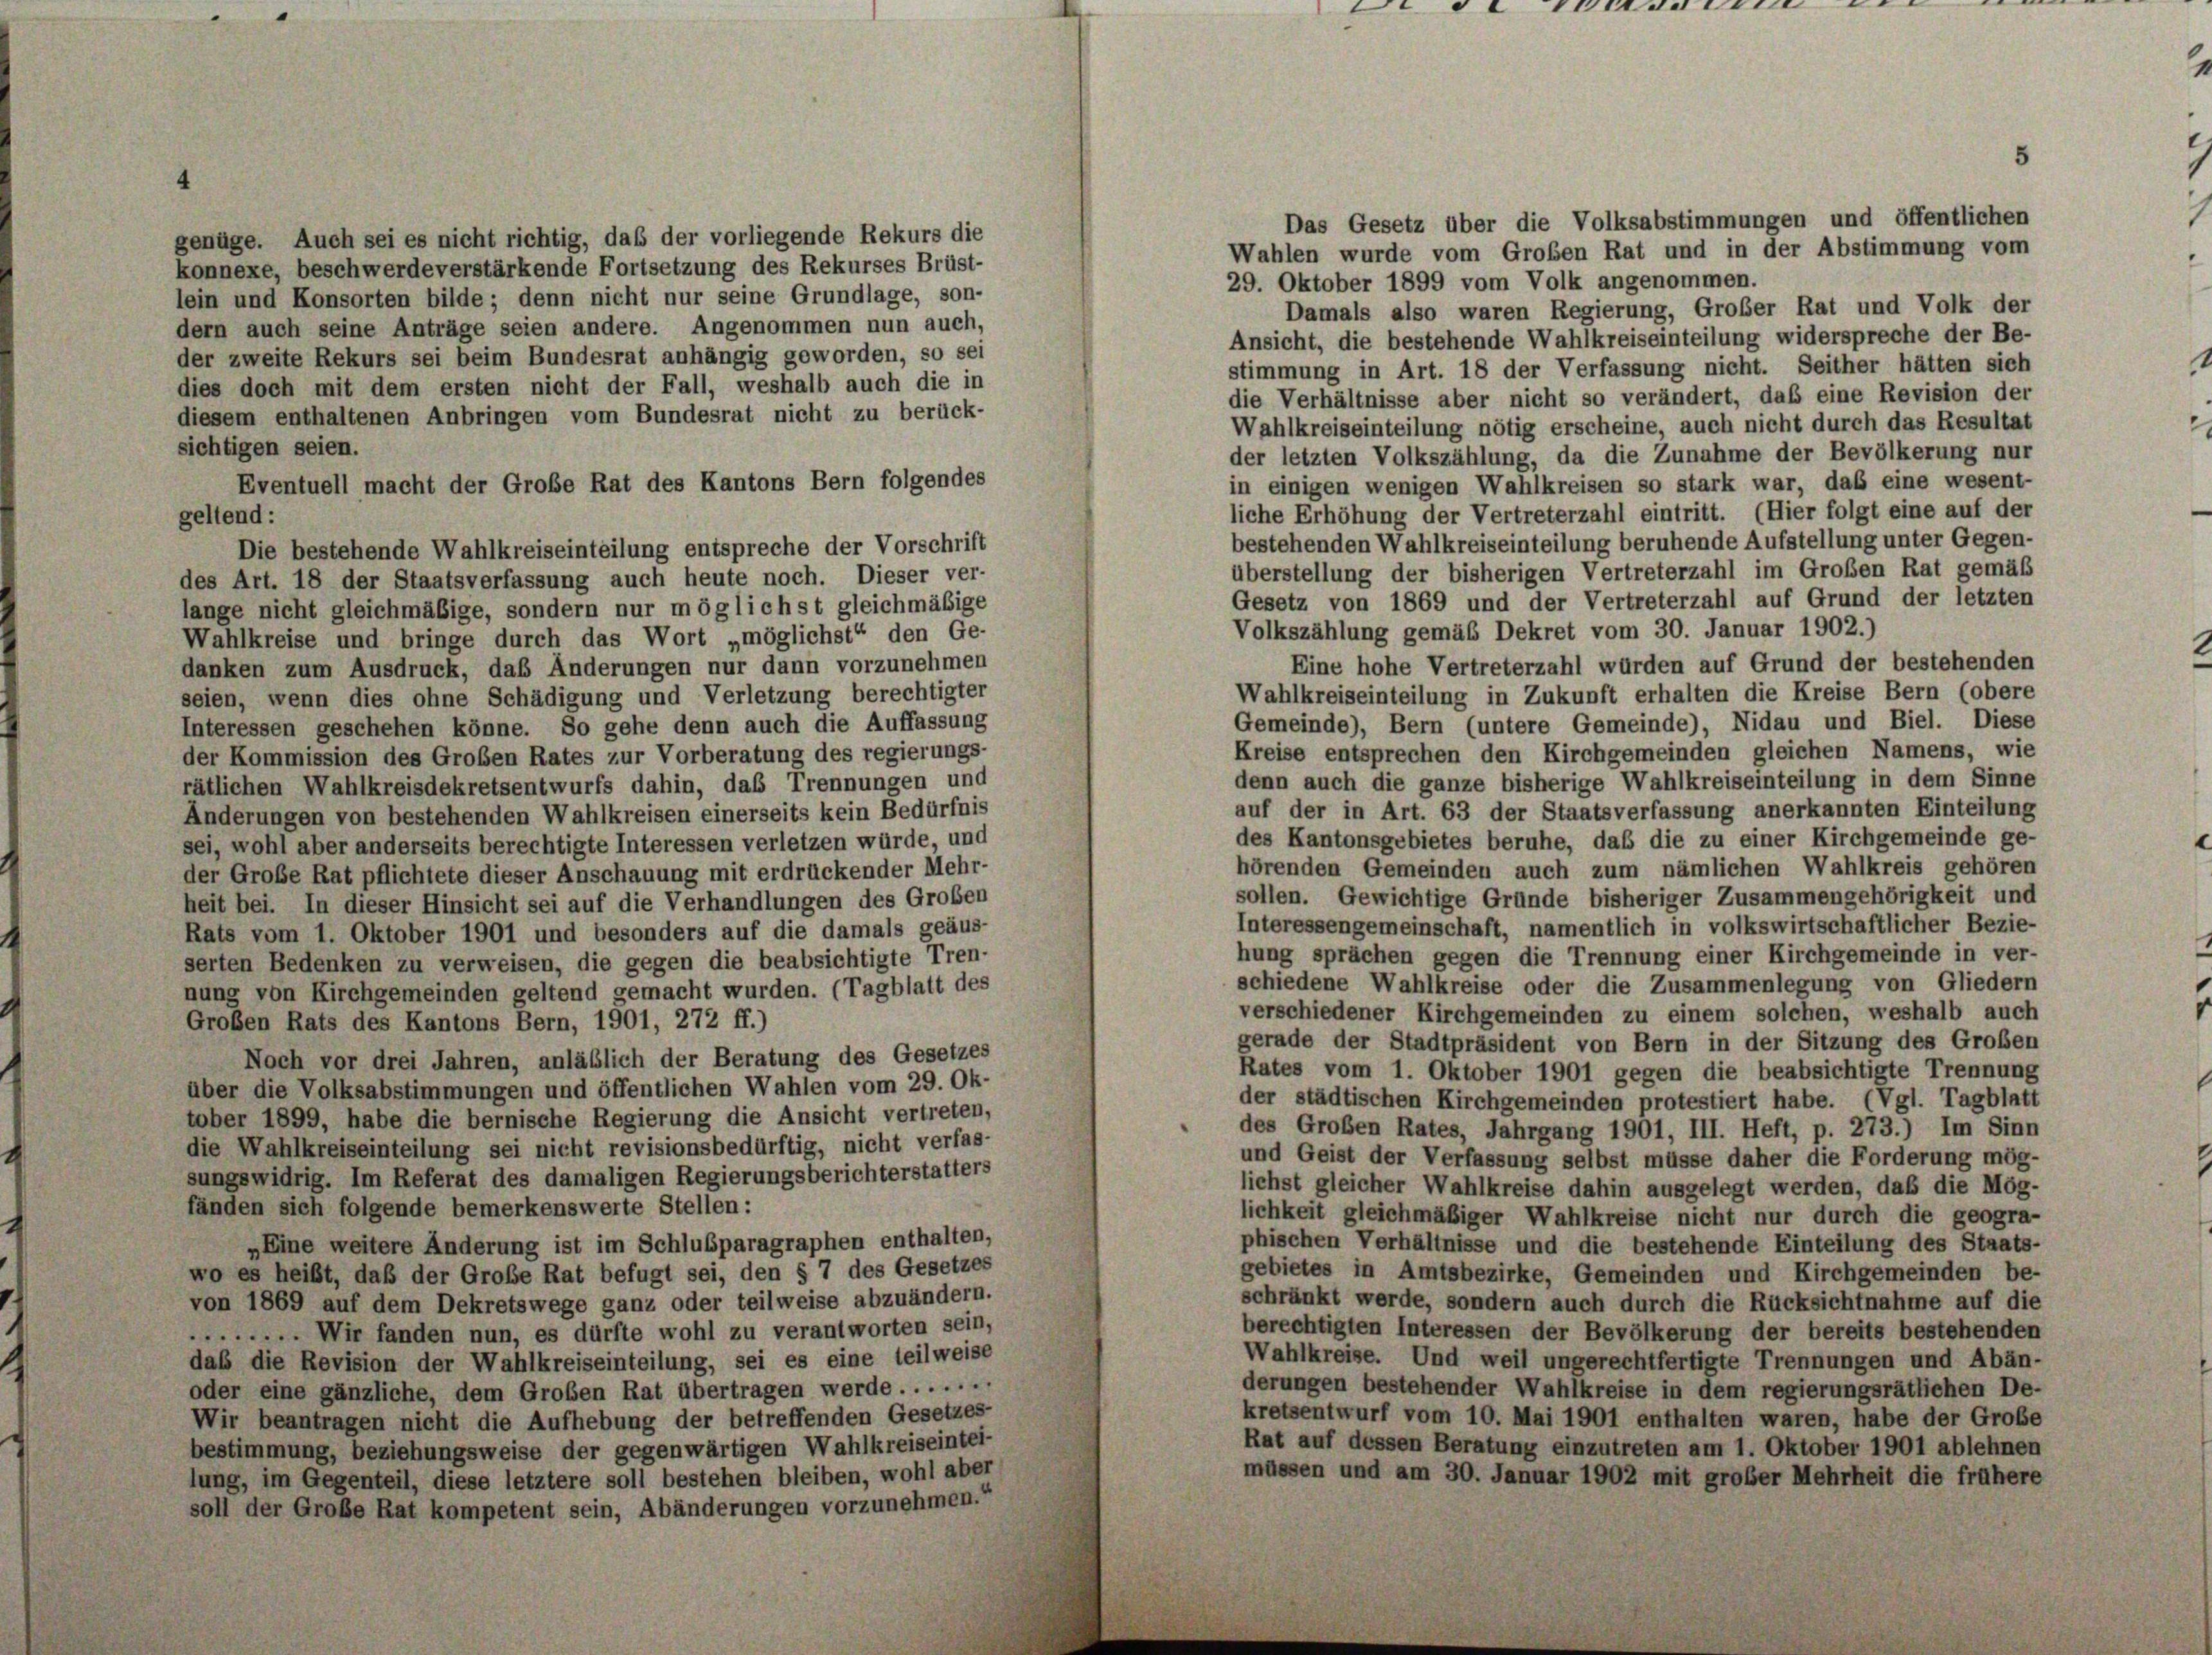
e

e

Das Gesetz über die Volksabstimmungen und öffentlichen
genüge. Auch sei es nicht richtig, daß der vorliegende Rekurs die
Wahlen wurde vom Großen Rat und in der Abstimmung vom
konnexe, beschwerde verstärkende Fortsetzung des Rekurses Brüst-
29. Oktober 1899 vom Volk angenommen.
ein und Konsorten bilde; denn nicht nur seine Grundlage, son-
Damals also waren Regierung, Großer Rat und Volk der
tern auch seine Anträge seien andere. Angenommen nun auch,
Ansicht, die bestehende Wahlkreiseinteilung widerspreche der Be-
ler zweite Rekurs sei beim Bundesrat anhängig geworden, so sei
stimmung in Art. 18 der Verfassung nicht. Seither hätten sich
dies doch mit dem ersten nicht der Fall, weshalb auch die in
die Verhältnisse aber nicht so verändert, daß eine Revision der
diesem enthaltenen Anbringen vom Bundesrat nicht zu berück-
Wahlkreiseinteilung nötig erscheine, auch nicht durch das Resultat
sichtigen seien.
der letzten Volkszählung, da die Zunahme der Bevölkerung nur
Eventuell macht der Große Rat des Kantons Bern folgendes
in einigen wenigen Wahlkreisen so stark war, daß eine wesent-
liche Erhöhung der Vertreterzahl eintritt. (Hier folgt eine auf der
geltend:
bestehenden Wahlkreiseinteilung beruhende Aufstellung unter Gegen-
Die bestehende Wahlkreiseinteilung entspreche der Vorschrift
überstellung der bisherigen Vertreterzahl im Großen Rat gemäß
des Art. 18 der Staatsverfassung auch heute noch. Dieser ver-
Gesetz von 1869 und der Vertreterzahl auf Grund der letzten
lange nicht gleichmäßige, sondern nur möglichst gleichmäßige
Volkszählung gemäß Dekret vom 30. Januar 1902.)
Wahlkreise und bringe durch das Wort „möglichst“ den Ge-
Eine hohe Vertreterzahl würden auf Grund der bestehenden
danken zum Ausdruck, daß Änderungen nur dann vorzunehmen
Wahlkreiseinteilung in Zukunft erhalten die Kreise Bern (obere
seien, wenn dies ohne Schädigung und Verletzung berechtigter
Gemeinde), Bern (untere Gemeinde), Nidau und Biel. Diese
Interessen geschehen könne. So gehe denn auch die Auffassung
Kreise entsprechen den Kirchgemeinden gleichen Namens, wie
der Kommission des Großen Rates zur Vorberatung des regierungs-
denn auch die ganze bisherige Wahlkreiseinteilung in dem Sinne
rätlichen Wahlkreisdekretsentwurfs dahin, das Trennungen und
auf der in Art. 63 der Staatsverfassung anerkannten Einteilung
Änderungen von bestehenden Wahlkreisen einerseits kein Bedürfnis
des Kantonsgebietes beruhe, daß die zu einer Kirchgemeinde ge-
sei, wohl aber anderseits berechtigte Interessen verletzen würde, und
hörenden Gemeinden auch zum nämlichen Wahlkreis gehören
der Große Rat pflichtete dieser Anschauung mit erdrückender Mehr-
sollen. Gewichtige Gründe bisheriger Zusammengehörigkeit und
heit bei. In dieser Hinsicht sei auf die Verhandlungen des Groben
Interessengemeinschaft, namentlich in volkswirtschaftlicher Bezie-
Rats vom 1. Oktober 1901 und besonders auf die damals geäus-
hung sprächen gegen die Trennung einer Kirchgemeinde in ver-
serten Bedenken zu verweisen, die gegen die beabsichtigte Tren-
schiedene Wahlkreise oder die Zusammenlegung von Gliedern
nung von Kirchgemeinden geltend gemacht wurden. (Tagblatt des
verschiedener Kirchgemeinden zu einem solchen, weshalb auch
Großen Rats des Kantons Bern, 1901, 272 ff.)
gerade der Stadtpräsident von Bern in der Sitzung des Großen
Noch vor drei Jahren, anläßlich der Beratung des Gesetzes
Rates vom 1. Oktober 1901 gegen die beabsichtigte Trennung
über die Volksabstimmungen und öffentlichen Wahlen vom 29. Ok-
der städtischen Kirchgemeinden protestiert habe. (Vgl. Tagblatt
tober 1899, habe die bernische Regierung die Ansicht vertreten,
des Großen Rates, Jahrgang 1901, III. Heft, p. 273.) Im Sinn
die Wahlkreiseinteilung sei nicht revisionsbedürftig, nicht verfas-
und Geist der Verfassung selbst müsse daher die Forderung mög-
sungswidrig. Im Referat des damaligen Regierungsberichterstatters
lichst gleicher Wahlkreise dahin ausgelegt werden, daß die Mög-
fänden sich folgende bemerkenswerte Stellen:
lichkeit gleichmäßiger Wahlkreise nicht nur durch die geogra-
phischen Verhältnisse und die bestehende Einteilung des Staats-
„Eine weitere Änderung ist im Schlusparagraphen enthalten,
gebietes in Amtsbezirke, Gemeinden und Kirchgemeinden be-
wo es heißt, daß der Große Rat befugt sei, den § 7 des Gesetzes
schränkt werde, sondern auch durch die Rücksichtnahme auf die
von 1869 auf dem Dekretswege ganz oder teilweise abzuändern.
berechtigten Interessen der Bevölkerung der bereits bestehenden
....... Wir fanden nun, es dürfte wohl zu verantworten sein,
Wahlkreise. Und weil ungerechtfertigte Trennungen und Abän-
daß die Revision der Wahlkreiseinteilung, sei es eine teilweise
derungen bestehender Wahlkreise in dem regierungsrätlichen De-
oder eine gänzliche, dem Großen Rat übertragen werde .......
kretsentwurf vom 10. Mai 1901 enthalten waren, habe der Große
Wir beantragen nicht die Aufhebung der betreffenden Gesetzes-
Rat auf dessen Beratung einzutreten am 1. Oktober 1901 ablehnen
bestimmung, beziehungsweise der gegenwärtigen Wahlkreiseintei-
müssen und am 30. Januar 1902 mit großer Mehrheit die früher
lung, im Gegenteil, diese letztere soll bestehen bleiben, wohl aber
soll der Große Rat kompetent sein, Abänderungen vorzunehmen.“